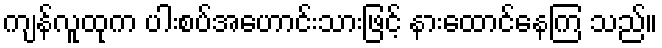
ကျန်လူထုက ပါးစပ်အဟောင်းသားဖြင့် နားထောင်နေကြ သည်။